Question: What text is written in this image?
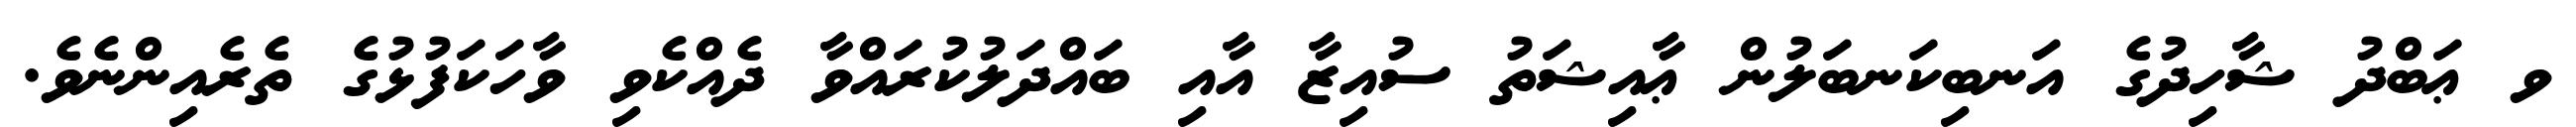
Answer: ވ ޢަބްދު ޝާހިދުގެ އަނބިކަނބަލުން ޢާއިޝަތު ސުއިޒާ އާއި ބައްދަލުކުރައްވާ ދެއްކެވި ވާހަކަފުޅުގެ ތެރެއިންނެވެ.